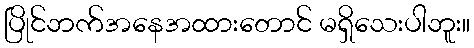
ပြိုင်ဘက်အနေအထားတောင် မရှိသေးပါဘူး။